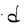
Character: d